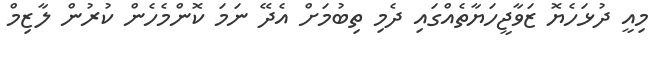
މިއީ ދުޅަހެޔޮ ޒަވާޖީހަޔާތެއްގައި ދެމި ތިބުމަށް އެދޭ ނަމަ ކޮންމެހެން ކުރުން ލާޒިމް